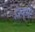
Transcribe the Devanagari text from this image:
इंप्रूव्हमेंट